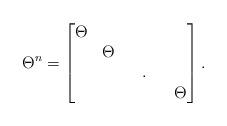
LaTeX: \begin{align*}\Theta^{n} = \begin{bmatrix} \Theta & & & & & \\ & \Theta & & & & \\ & & & .& & \\ & & & & & \Theta \end{bmatrix}.\end{align*}